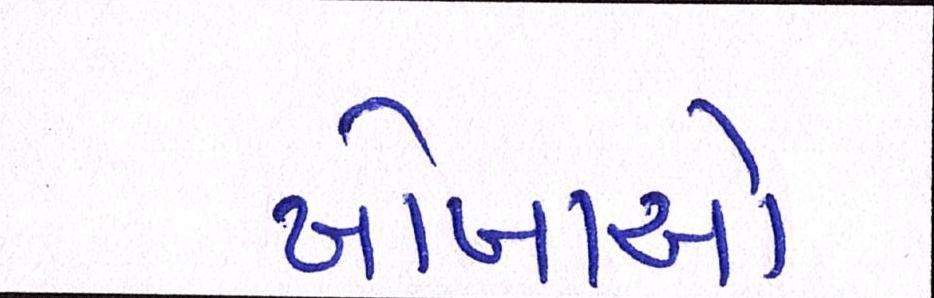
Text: ખોખાઓ